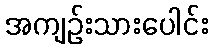
အကျဉ်းသားပေါင်း